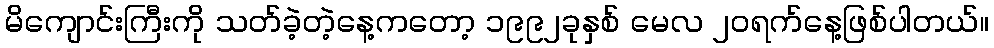
မိကျောင်းကြီးကို သတ်ခဲ့တဲ့နေ့ကတော့ ၁၉၉၂ခုနှစ် မေလ ၂၀ရက်နေ့ဖြစ်ပါတယ်။